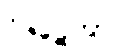
ဝိဇဋေတွာ